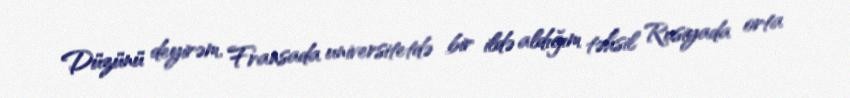
Düzünü deyirəm, Fransada universitetdə bir ildə aldığım təhsil Rusiyada orta